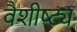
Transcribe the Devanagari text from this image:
वैशीष्ट्य